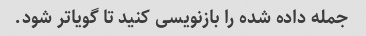
جمله داده شده را بازنویسی کنید تا گویاتر شود.